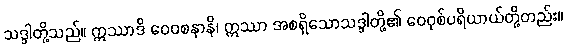
သဒ္ဒါတို့သည်။ ဣဿာဒိ ဝေဝစနာနိ၊ ဣဿာ အစရှိသောသဒ္ဒါတို့၏ ဝေဝုစ်ပရိယာယ်တို့တည်း။